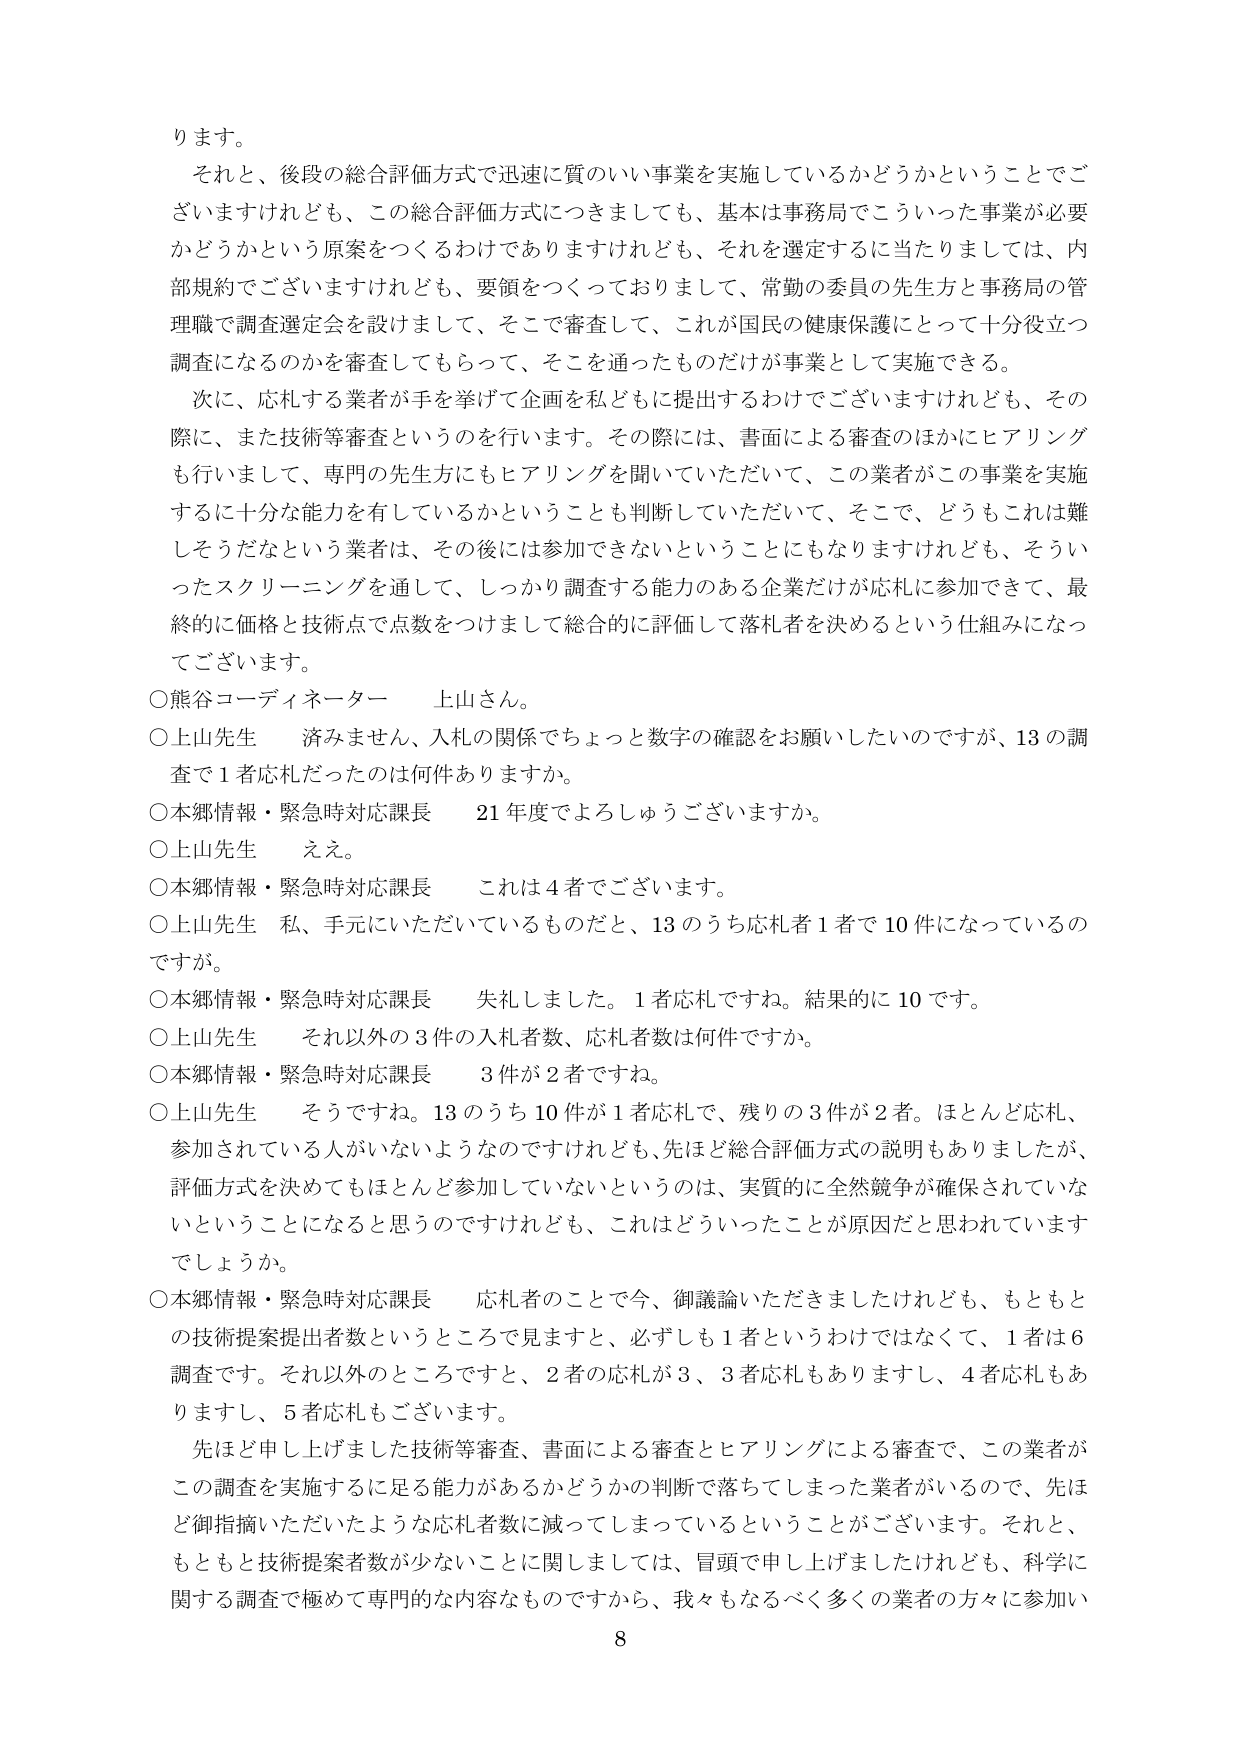
ります。

それと、後段の総合評価方式で迅速に質のいい事業を実施しているかどうかということでございますけれども、この総合評価方式につきましても、基本は事務局でこういった事業が必要かどうかという原案をつくるわけでありますけれども、それを選定するに当たりましては、内部規約でございますけれども、要領をつくっておりますし、常勤の委員の先生方と事務局の管理職で調査選定会を設けまして、そこで審査して、これが国民の健康保護にとって十分役立つ調査になるのかを審査してもらって、そこを通ったものだけが事業として実施できる。

次に、応札する業者が手を挙げて企画を私どもに提出するわけでございますけれども、その際に、また技術等審査というのを行います。その際には、書面による審査のほかにヒアリングも行いまして、専門の先生方にもヒアリングを聞いていただいて、この業者がこの事業を実施するに十分な能力を有しているかということも判断していただいて、そこで、どうもこれは難しそうだなという業者は、その後には参加できないということにもなりますけれども、そういったスクリーニングを通して、しっかり調査する能力のある企業だけが応札に参加できて、最終的に価格と技術点で点数をつけまして総合的に評価して落札者を決めるという仕組みになってございます。

○熊谷コーディネーター 上山さん。

○上山先生 済みません、入札の関係でちょっと数字の確認をお願いしたいのですが、13の調査で1者応札だったのは何件ありますか。

○本郷情報・緊急時対応課長 21年度でよろしうございますか。

○上山先生 ええ。

○本郷情報・緊急時対応課長 これは4者でございます。

○上山先生 私、手元にいただいているものだと、13のうち応札者1者で10件になっているのですが。

○本郷情報・緊急時対応課長 失礼しました。1者応札ですね。結果的に10です。

○上山先生 それ以外の3件の入札者数、応札者数は何件ですか。

○本郷情報・緊急時対応課長 3件が2者ですね。

○上山先生 そうですね。13のうち10件が1者応札で、残りの3件が2者。ほとんど応札、参加されている人がいないようなのですけれども、先ほど総合評価方式の説明もありましたが、評価方式を決めてもほとんど参加していないというのは、実質的に全然競争が確保されていないということになると思うのですけれども、これはどういったことが原因だと思われていますでしょうか。

○本郷情報・緊急時対応課長 応札者のことで今、御議論いただきましたけれども、もともとの技術提案提出者数というところを見ますと、必ずしも1者というわけではなくて、1者は6調査です。それ以外のところですと、2者の応札が3、3者応札もありますし、4者応札もありますし、5者応札もございます。

先ほど申し上げました技術等審査、書面による審査とヒアリングによる審査で、この業者がこの調査を実施するに足る能力があるかどうかの判断で落ちてしまった業者がいるので、先ほど御指摘いただいたような応札者数に減ってしまっているということがございます。それと、もともと技術提案者数が少ないことに関しては、冒頭で申し上げましたけれども、科学に関する調査に極めて専門的な内容なものですから、我々もなるべく多くの業者の方々に参加い

8